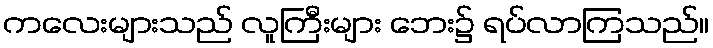
ကလေးများသည် လူကြီးများ ဘေး၌ ရပ်လာကြသည်။